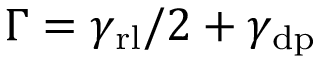
\Gamma = \gamma _ { \mathrm { r l } } / 2 + \gamma _ { \mathrm { d p } }